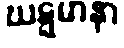
ဃဋ္ဋမာနာ